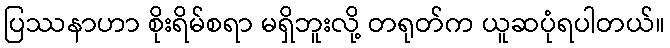
ပြဿနာဟာ စိုးရိမ်စရာ မရှိဘူးလို့ တရုတ်က ယူဆပုံရပါတယ်။